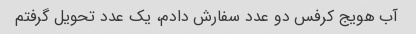
آب هویج کرفس دو عدد سفارش دادم، یک عدد تحویل گرفتم